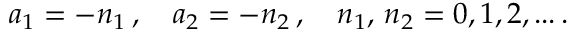
a _ { 1 } = - n _ { 1 } \, , \quad a _ { 2 } = - n _ { 2 } \, , \quad n _ { 1 } , \, n _ { 2 } = 0 , 1 , 2 , . . . \, .